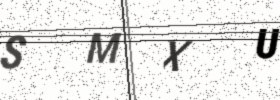
Text: SMXU